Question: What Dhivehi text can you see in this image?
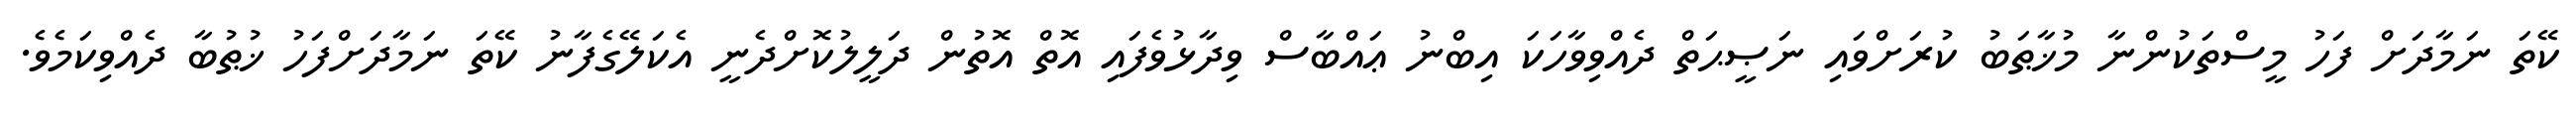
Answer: ކޭތަ ނަމާދަށް ފަހު މީސްތަކުންނާ މުޚާޠަބު ކުރަށްވައި ނަޞީޙަތް ދެއްވިވާހަކަ އިބްނު ޢައްބާސް ވިދާޅުވެފައި އޮތް އޮތުން ދަލީލުކޮށްދެނީ އެކަލޭގެފާނު ކޭތަ ނަމާދަށްފަހު ޚުޠުބާ ދެއްވިކަމެވެ.